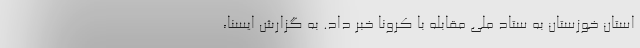
استان خوزستان به ستاد ملی مقابله با کرونا خبر داد. به گزارش ایسنا،